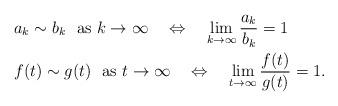
LaTeX: \begin{align*}&a_k\sim b_k\,\,\,\,\mbox{as $k\to\infty$}\quad\Leftrightarrow\quad\lim_{k\to\infty}\frac{a_k}{b_k}=1\\&f(t)\sim g(t)\,\,\,\,\mbox{as $t\to\infty$}\quad\Leftrightarrow\quad\lim_{t\to\infty}\frac{f(t)}{g(t)}=1.\end{align*}